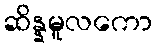
ဆိန္နမူလကော